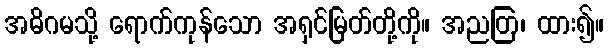
အဓိဂမသို့ ရောက်ကုန်သော အရှင်မြတ်တို့ကို။ အညတြ၊ ထား၍။